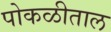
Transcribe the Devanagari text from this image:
पोकळीताल